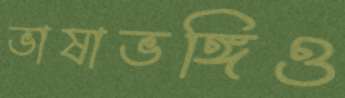
ভাষাভঙ্গিও